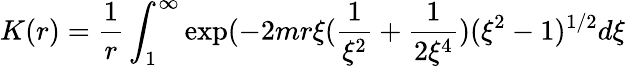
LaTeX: K(r)=\frac{1}{r}\int_{1}^{\infty}\exp(-2mr\xi(\frac{1}{\xi^{2}}+\frac{1}{2\xi^{4}})(\xi^{2}-1)^{1/2}d\xi